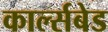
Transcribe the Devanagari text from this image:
कार्ल्सबेड